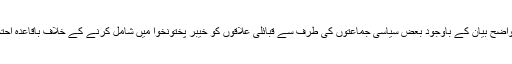
تاہم دوسری طرف وفاقی وزیر کے واضح بیان کے باوجود بعض سیاسی جماعتوں کی طرف سے قبائلی علاقوں کو خیبر پختونخوا میں شامل کرنے کے خلاف باقاعدہ احتجاجی تحریک کا آغاز کردیا گیا ہے۔